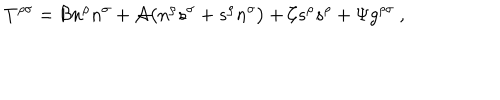
T ^ { \rho \sigma } = { \cal B } n ^ { \rho } n ^ { \sigma } + { \cal A } \big ( n ^ { \rho } s ^ { \sigma } + s ^ { \rho } n ^ { \sigma } \big ) + { \cal C } s ^ { \rho } s ^ { \rho } + \Psi g ^ { \rho \sigma } \ ,